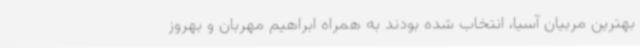
بهترین مربیان آسیا، انتخاب شده بودند به همراه ابراهیم مهربان و بهروز